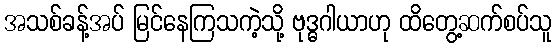
အသစ်ခန့်အပ် မြင်နေကြသကဲ့သို့ ဗုဒ္ဓဂါယာဟု ထိတွေ့ဆက်စပ်သူ